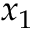
x _ { 1 }